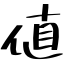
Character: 値